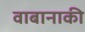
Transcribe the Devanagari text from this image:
वाबानाकी